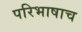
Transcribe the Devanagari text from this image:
परिभाषाच